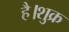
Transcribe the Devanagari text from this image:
है।शुक्र